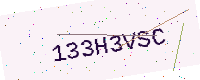
Text: 133H3VSC